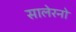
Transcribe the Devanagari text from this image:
सालेरनो